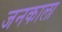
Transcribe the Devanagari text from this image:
जनकाला